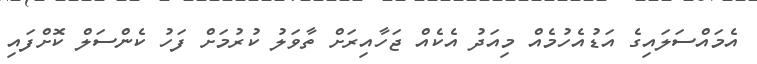
އެމައްސަލައިގެ އަޑުއެހުމެއް މިއަދު އެކެއް ޖަހާއިރަށް ތާވަލު ކުރުމަށް ފަހު ކެންސަލް ކޮށްފައި